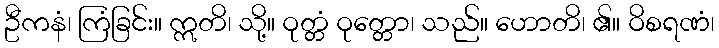
ဦကနံ၊ ကြံခြင်း။ ဣတိ၊ သို့။ ဝုတ္တံ ဝုတ္တော၊ သည်။ ဟောတိ၊ ၏။ ဝိစရဏံ၊